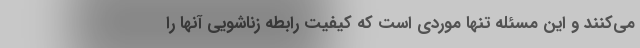
می‌کنند و این مسئله تنها موردی است که کیفیت رابطه زناشویی آنها را